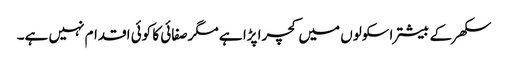
سکھر کے بیشتر اسکولوں میں کچرا پڑا ہے مگرصفائی کا کوئی اقدام نہیں ہے۔